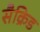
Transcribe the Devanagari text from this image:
सैक्रिड